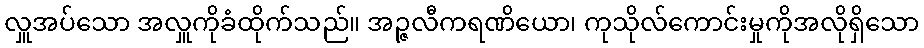
လှူအပ်သော အလှူကိုခံထိုက်သည်။ အဉ္ဇလီကရဏိယော၊ ကုသိုလ်ကောင်းမှုကိုအလိုရှိသော